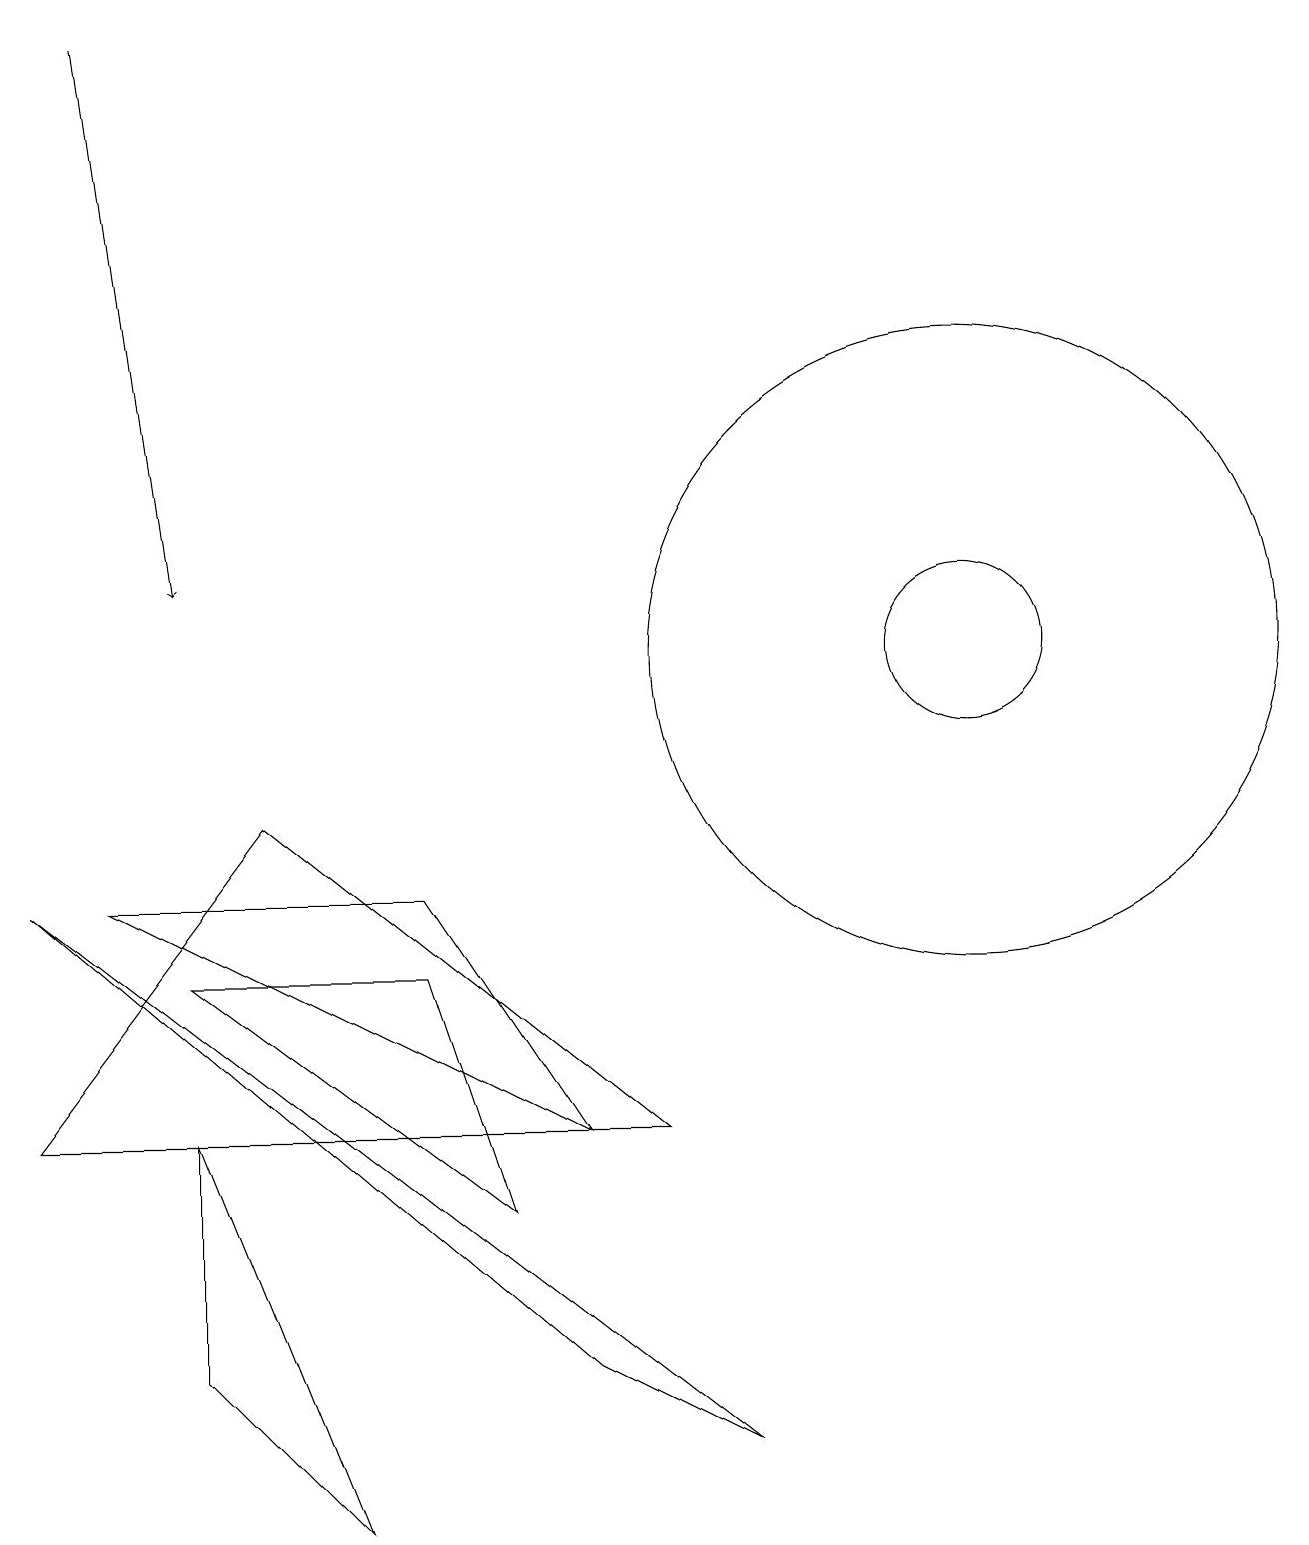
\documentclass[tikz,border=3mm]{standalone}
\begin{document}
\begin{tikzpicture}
\draw[->] (1,19) -- (2,12);
\draw (2,5) -- (4,0) -- (2,2) -- cycle;
\draw (12,11) circle (4);
\draw (9,1) -- (0,8) -- (7,2) -- cycle;
\draw (3,9) -- (8,5) -- (0,5) -- cycle;
\draw (12,11) circle (1);
\draw (5,7) -- (2,7) -- (6,4) -- cycle;
\draw (1,8) -- (5,8) -- (7,5) -- cycle;
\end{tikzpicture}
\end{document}